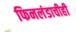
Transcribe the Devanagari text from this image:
फिनलंडाचीही